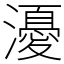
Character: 瀀